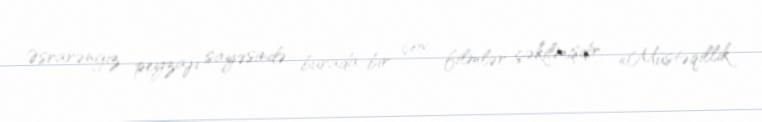
Əsrarəngiz peyzajı sayəsində burada bir çox filmlər çəkilmişdir: «Müstəqillik